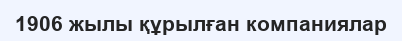
1906 жылы құрылған компаниялар